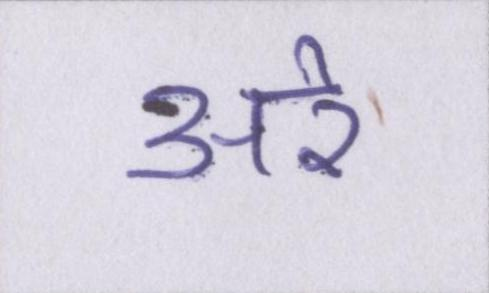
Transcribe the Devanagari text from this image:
अरे